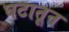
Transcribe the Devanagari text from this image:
घटातून